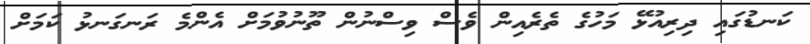
ކަނޑުގައި ދިރިއުޅޭ މަހުގެ ތެރެއިން ވެސް ވިސްނުން ތޫނުވުމަށް އެންމެ ރަނގަނޅު ކަމަށް